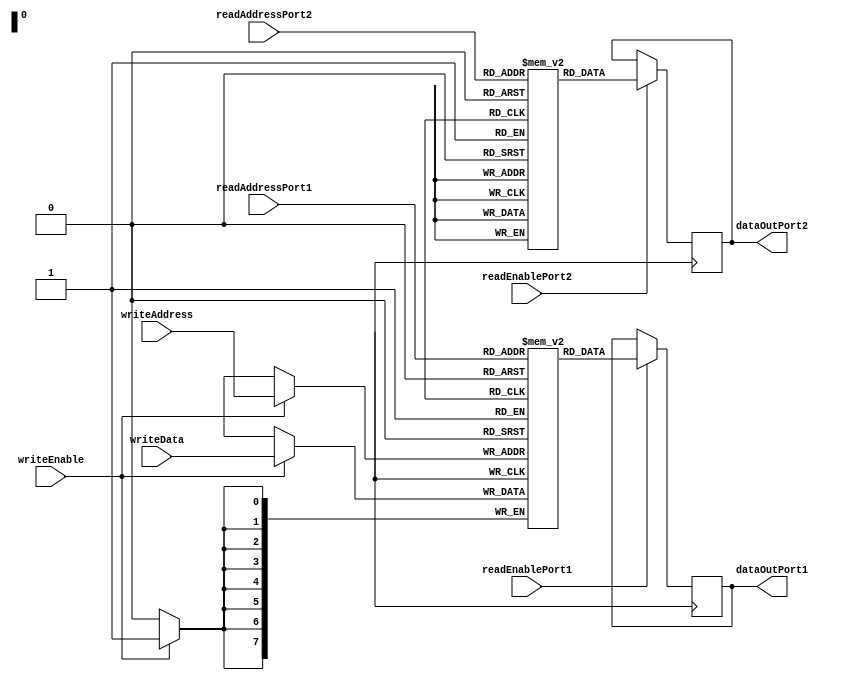
module MemoryBlocks_RegisterFile (
    input wire [7:0] readAddressPort1,
    input wire [7:0] readAddressPort2,
    input wire [7:0] writeAddress,
    input wire [7:0] writeData,
    input wire readEnablePort1,
    input wire readEnablePort2,
    input wire writeEnable,
    output reg [7:0] dataOutPort1,
    output reg [7:0] dataOutPort2
);

reg [7:0] memoryBlock1 [0:255];
reg [7:0] memoryBlock2 [0:255];

always @ (posedge clk) begin
    if (readEnablePort1)
        dataOutPort1 <= memoryBlock1[readAddressPort1];
    
    if (readEnablePort2)
        dataOutPort2 <= memoryBlock2[readAddressPort2];
    
    if (writeEnable)
        memoryBlock1[writeAddress] <= writeData;
end

endmodule